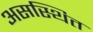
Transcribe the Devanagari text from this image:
असस्थित